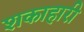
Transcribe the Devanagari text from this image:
शकाहारी